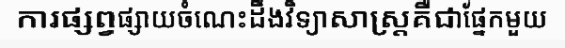
ការផ្សព្វផ្សាយចំណេះដឹងវិទ្យាសាស្ត្រគឺជាផ្នែកមួយ